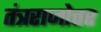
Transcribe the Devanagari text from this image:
तंत्रराजोत्तर